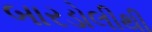
બારડોલીથી